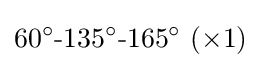
60^{\circ }{\text{-}}135^{\circ }{\text{-}}165^{\circ }~(\times 1)